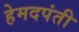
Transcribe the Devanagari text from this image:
हेमदपंती